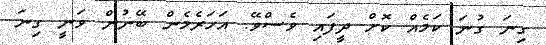
ގިނަ ގުނަ ކަމެއް ކޮށް ދީފައި ވެސްވޭ. އަހަރެމެން ބޭނުން ވަނީ ގިނަ